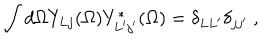
\int d \Omega Y _ { L j } ( \Omega ) Y _ { L ^ { \prime } j ^ { \prime } } ^ { * } ( \Omega ) = \delta _ { L L ^ { \prime } } \delta _ { j j ^ { \prime } } \ ,